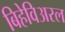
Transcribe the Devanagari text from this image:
बिहेविअरल